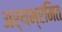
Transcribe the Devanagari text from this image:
अर्थभ्रमित